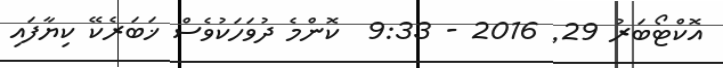
އޮކްޓޯބަރު 29